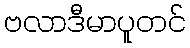
ဗလာဒီမာပူတင်